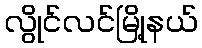
လွိုင်လင်မြို့နယ်